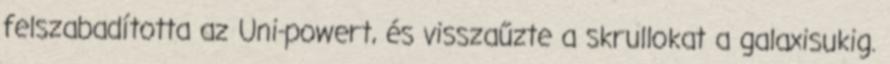
felszabadította az Uni-powert, és visszaűzte a skrullokat a galaxisukig.